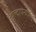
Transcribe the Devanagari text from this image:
वाल्दापेन्यासची